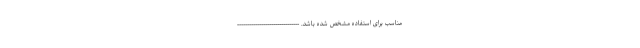
مناسب برای استفاده مشخص شده باشد. -------------------------------